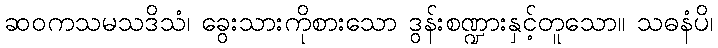
ဆဝကသမသဒိသံ၊ ခွေးသားကိုစားသော ဒွန်းစဏ္ဍားနှင့်တူသော။ သဓနံပိ၊